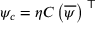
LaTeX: \psi _ { c } = \eta C \left( { \overline { { \psi } } } \right) ^ { \textsf { T } }